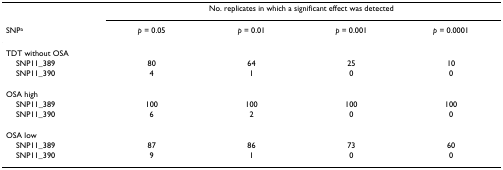
<table><thead><tr><td></td><td colspan="4"><b>No. replicates in which a significant effect was detected</b></td></tr><tr><td><b>SNP<sup>a</sup></b></td><td><b><i>p </i>= 0.05</b></td><td><b><i>p </i>= 0.01</b></td><td><b><i>p </i>= 0.001</b></td><td><b><i>p </i>= 0.0001</b></td></tr></thead><tbody><tr><td>TDT without OSA</td><td></td><td></td><td></td><td></td></tr><tr><td> SNP11_389</td><td>80</td><td>64</td><td>25</td><td>10</td></tr><tr><td> SNP11_390</td><td>4</td><td>1</td><td>0</td><td>0</td></tr><tr><td>OSA high</td><td></td><td></td><td></td><td></td></tr><tr><td> SNP11_389</td><td>100</td><td>100</td><td>100</td><td>100</td></tr><tr><td> SNP11_390</td><td>6</td><td>2</td><td>0</td><td>0</td></tr><tr><td>OSA low</td><td></td><td></td><td></td><td></td></tr><tr><td> SNP11_389</td><td>87</td><td>86</td><td>73</td><td>60</td></tr><tr><td> SNP11_390</td><td>9</td><td>1</td><td>0</td><td>0</td></tr></tbody></table>